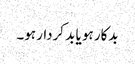
بدکار ہو یا بد کردار ہو۔